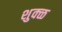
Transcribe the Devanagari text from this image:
शुक्ळ